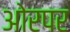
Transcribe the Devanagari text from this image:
ओरपर